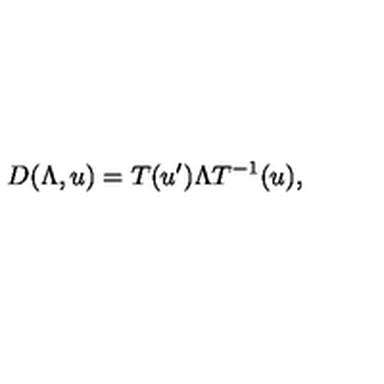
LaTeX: D ( \Lambda , u ) = T ( u ^ { \prime } ) \Lambda T ^ { - 1 } ( u ) ,